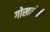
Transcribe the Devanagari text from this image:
गोखलेजी